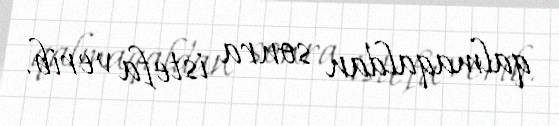
qalmaqaldan sonra istefa verib.